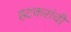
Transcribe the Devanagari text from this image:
हटकरांची